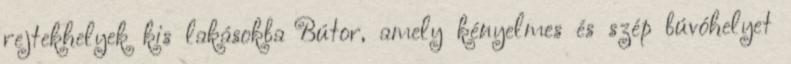
rejtekhelyek kis lakásokba Bútor, amely kényelmes és szép búvóhelyet